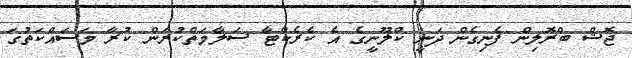
ޖޮޝް ބްރޮލިން ފެނިގެން ދަނީ ކްލޫނީގެ އެ ކެރެކްޓާ ސަލާމަތްކުރަން ކުރާ މަސައްކަތުގަ